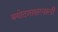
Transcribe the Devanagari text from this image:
त्रयोदशाक्षरवाली